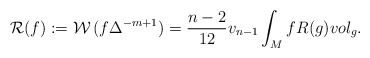
\begin{align*}{\mathcal R}(f) := \mathcal{W}\,(f \Delta ^{-m+1})= \frac{n-2}{12} v_{n-1}\int _{M} f R(g) vol_{g} .\end{align*}